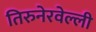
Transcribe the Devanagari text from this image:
तिरुनेरवेल्ली